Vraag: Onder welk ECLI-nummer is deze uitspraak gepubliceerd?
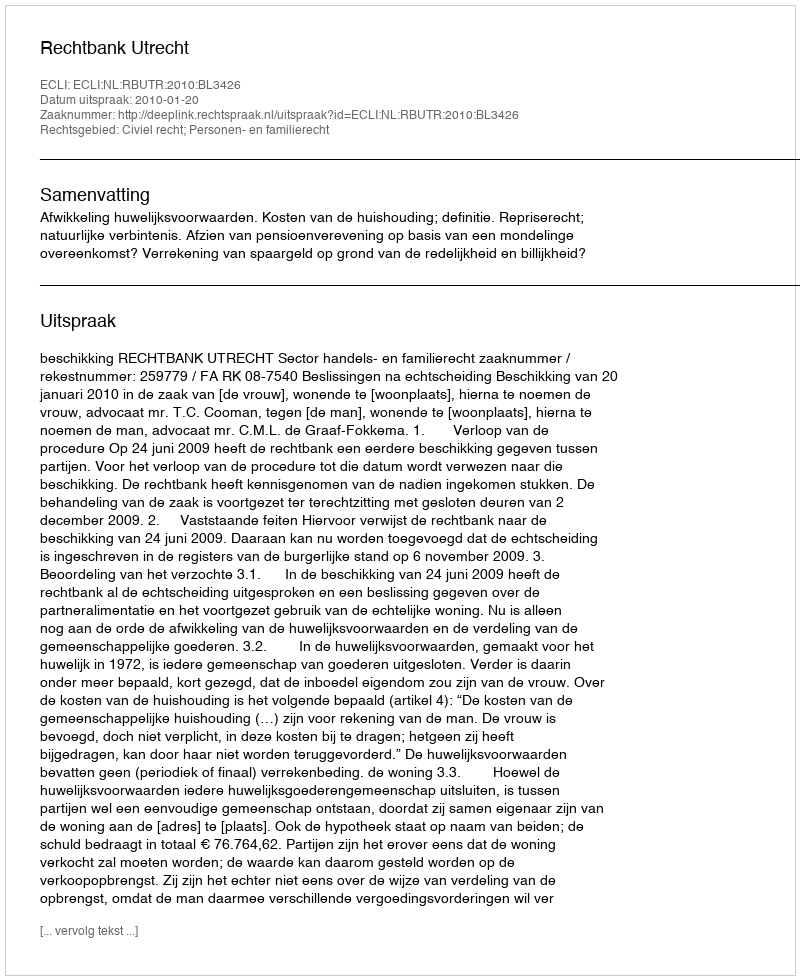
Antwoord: ECLI:NL:RBUTR:2010:BL3426